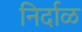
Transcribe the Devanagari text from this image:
निर्दाळ